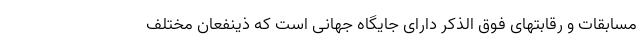
مسابقات و رقابتهای فوق الذکر دارای جایگاه جهانی است که ذینفعان مختلف